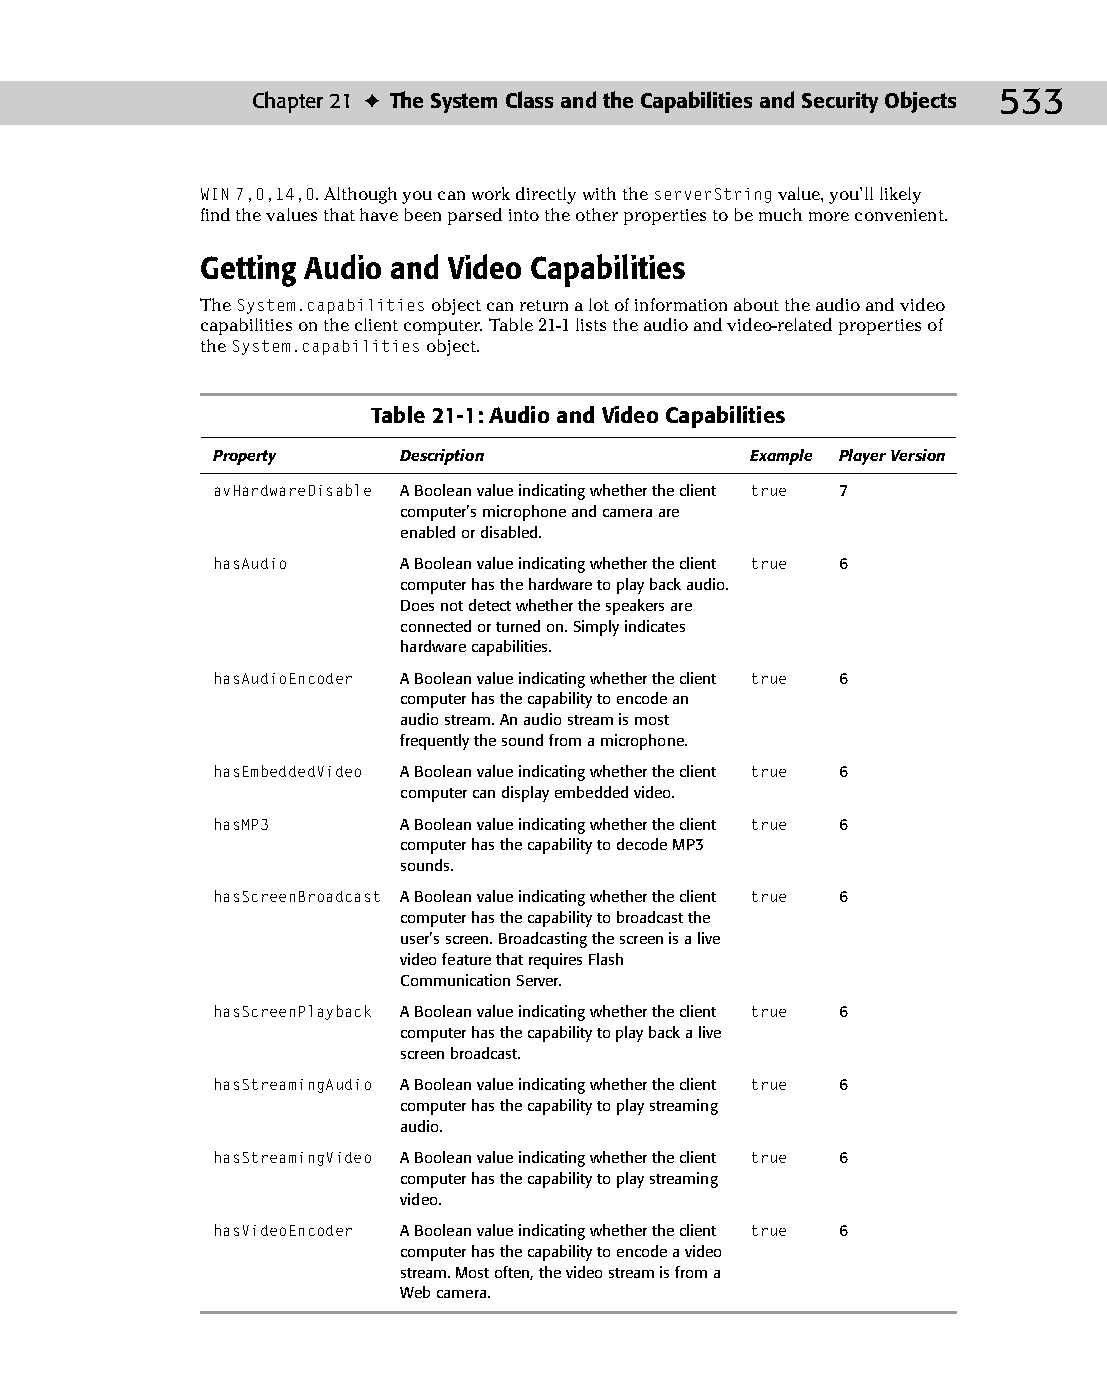
27 543547 ch21.qxd 3/24/04 4:10 PM Page 533
 Chapter 21 ✦ The System Class and the Capabilities and Security Objects 533
 WIN 7,0,14,0. Although you can work directly with the serverString value, you’ll likely
 find the values that have been parsed into the other properties to be much more convenient.
 Getting Audio and Video Capabilities
 The System.capabilities object can return a lot of information about the audio and video
 capabilities on the client computer. Table 21-1 lists the audio and video-related properties of
 the System.capabilities object.
 Table 21-1: Audio and Video Capabilities
 Property     Description            Example Player Version
 avHardwareDisable A Boolean value indicating whether the client true 7
 computer’s microphone and camera are
 enabled or disabled.
 hasAudio     A Boolean value indicating whether the client true 6
 computer has the hardware to play back audio.
 Does not detect whether the speakers are
 connected or turned on. Simply indicates
 hardware capabilities.
 hasAudioEncoder A Boolean value indicating whether the client true 6
 computer has the capability to encode an
 audio stream. An audio stream is most
 frequently the sound from a microphone.
 hasEmbeddedVideo A Boolean value indicating whether the client true 6
 computer can display embedded video.
 hasMP3       A Boolean value indicating whether the client true 6
 computer has the capability to decode MP3
 sounds.
 hasScreenBroadcast A Boolean value indicating whether the client true 6
 computer has the capability to broadcast the
 user’s screen. Broadcasting the screen is a live
 video feature that requires Flash
 Communication Server.
 hasScreenPlayback A Boolean value indicating whether the client true 6
 computer has the capability to play back a live
 screen broadcast.
 hasStreamingAudio A Boolean value indicating whether the client true 6
 computer has the capability to play streaming
 audio.
 hasStreamingVideo A Boolean value indicating whether the client true 6
 computer has the capability to play streaming
 video.
 hasVideoEncoder A Boolean value indicating whether the client true 6
 computer has the capability to encode a video
 stream. Most often, the video stream is from a
 Web camera.